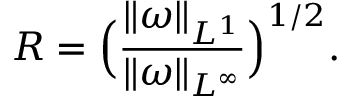
R = \Big ( \frac { \| \omega \| _ { L ^ { 1 } } } { \| \omega \| _ { L ^ { \infty } } } \Big ) ^ { 1 / 2 } .